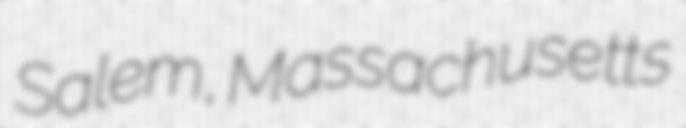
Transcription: Salem, Massachusetts